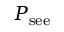
P _ { \mathrm { s e e } }